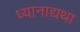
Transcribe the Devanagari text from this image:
ध्यानाद्यथा